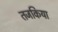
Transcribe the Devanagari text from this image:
तजकिया